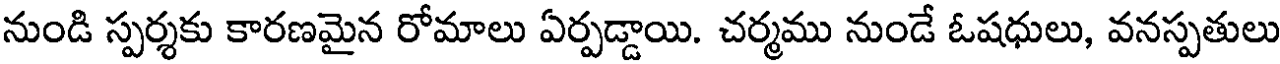
నుండి స్పర్శకు కారణమైన రోమాలు ఏర్పడ్డాయి. చర్మము నుండే ఓషధులు, వనస్పతులు